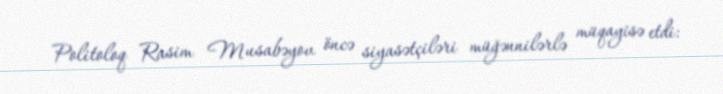
Politoloq Rasim Musabəyov öncə siyasətçiləri müğənnilərlə müqayisə etdi: